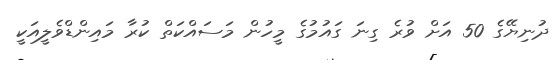
ދުނިޔޭގެ 50 އަށް ވުރެ ގިނަ ގައުމުގެ މީހުން މަސައްކަތް ކުރާ މައިންޑްވެލީއަކީ